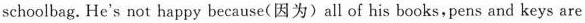
schoolbag. He's not happy because(因为) all of his books, pens and keys are